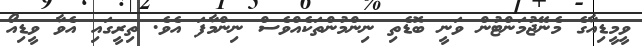
ވީމީޑިއާގެ މެނޭޖުމަންޓުން ވަނީ ބޮޑެތި ނިންމުންތަކެއްވެސް ނިންމާފަ އެވެ. ތިރީގައި އެވާ ވީޑިއޯ